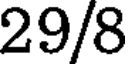
29/8